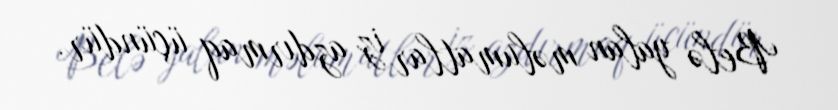
Belə yalan məlumatlar iz azdırmaq üçündür.